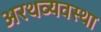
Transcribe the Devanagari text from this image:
अरथव्यवस्था